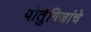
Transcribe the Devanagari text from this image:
पोर्तुगिजांचे